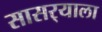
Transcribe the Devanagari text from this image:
सासर्‍याला